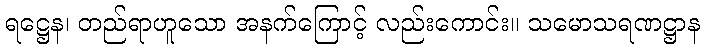
ရဋ္ဌေန၊ တည်ရာဟူသော အနက်ကြောင့် လည်းကောင်း။ သမောသရဏဋ္ဌာန